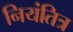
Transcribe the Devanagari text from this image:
नियंतित्र